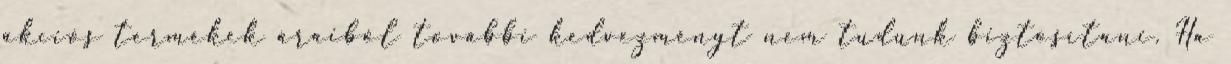
akciós termékek áraiból további kedvezményt nem tudunk biztosítani. Ha